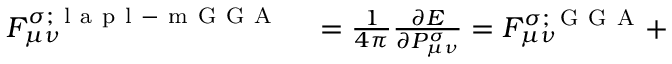
\begin{array} { r l } { F _ { \mu \nu } ^ { \sigma ; \mathrm { ~ l ~ a ~ p ~ l ~ - ~ m ~ G ~ G ~ A ~ } } } & { { } = \frac { 1 } { 4 \pi } \frac { \partial E } { \partial P _ { \mu \nu } ^ { \sigma } } = F _ { \mu \nu } ^ { \sigma ; \mathrm { ~ G ~ G ~ A ~ } } + } \end{array}